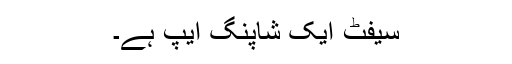
سیفٹ ایک شاپنگ ایپ ہے۔